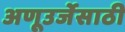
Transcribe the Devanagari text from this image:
अणूउर्जेसाठी